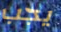
يجب